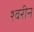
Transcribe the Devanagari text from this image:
श्वरीन